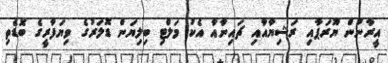
އީރާނުން ޔޫރަޕާއި ރަޝިޔާއާއި ޗައިނާއާ އެކު މަލްޓި ބިލިޔަން ޑޮލަރުގެ ވިޔަފާރީގެ ބޮޑެތި